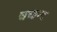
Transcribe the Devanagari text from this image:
चच्हन्द